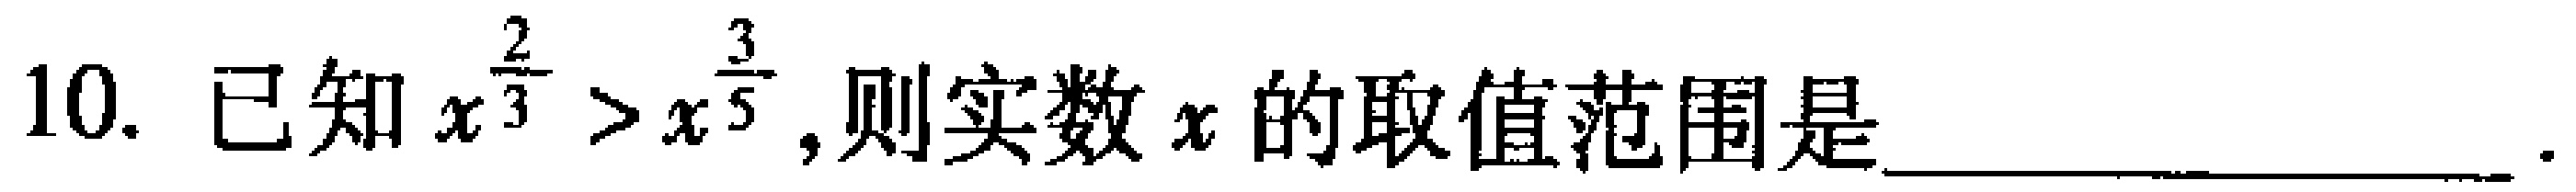
10. 已知$x^{\frac{2}{3}}>x^{\frac{3}{5}}$,则实数$x$的取值范围是____________________.